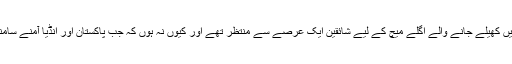
سڈنی میں کھیلے جانے والے اگلے میچ کے لیے شائقین ایک عرصے سے منتظر تھے اور کیوں نہ ہوں کہ جب پاکستان اور انڈیا آمنے سامنے ہوں۔